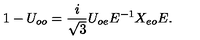
1 - U _ { o o } = \frac { i } { \sqrt { 3 } } U _ { o e } E ^ { - 1 } X _ { e o } E .